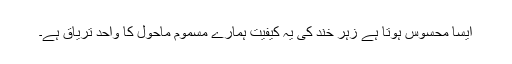
ایسا محسوس ہوتا ہے زہر خند کی یہ کیفیت ہمارے مسموم ماحول کا واحد تریاق ہے۔